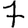
Digit: 7